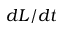
d L / d t